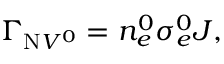
\Gamma _ { \mathrm { N } V ^ { 0 } } = n _ { e } ^ { 0 } \sigma _ { e } ^ { 0 } J ,